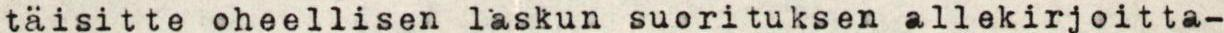
täisitte oheellisen laskun suorituksen allekirjoitta-